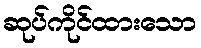
ဆုပ်ကိုင်ထားသော